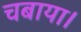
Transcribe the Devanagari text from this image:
चबाया।